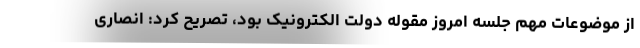
از موضوعات مهم جلسه امروز مقوله دولت الکترونیک بود، تصریح کرد: انصاری